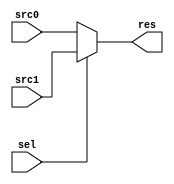
module MUX2_1(
  input [31:0] src0, src1, // 
  input sel, // 
  output reg [31:0] res // 
);
  always @(*) begin
    res = (sel == 0) ? src0 : src1; // 0src0src1
  end
endmodule